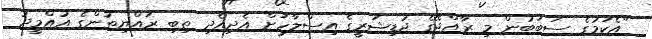
"އެކަމުގެ ސަބަބުން މި ރާއްޖޭގެ ޖުޑިޝަރީގެ އިސްލާހަށް އެދިއެދި ތިބި ރައްޔިތުންގެ އުއްމީދު